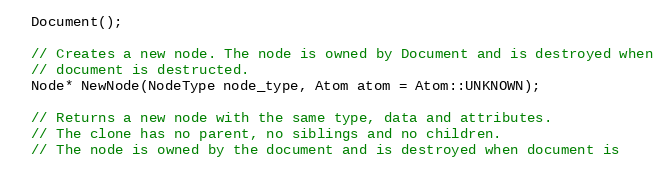
Language: C
  Document();

  // Creates a new node. The node is owned by Document and is destroyed when
  // document is destructed.
  Node* NewNode(NodeType node_type, Atom atom = Atom::UNKNOWN);

  // Returns a new node with the same type, data and attributes.
  // The clone has no parent, no siblings and no children.
  // The node is owned by the document and is destroyed when document is